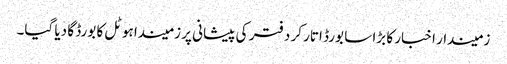
زمیندار اخبار کا بڑا سا بورڈ اتار کر دفتر کی پیشانی پر زمیندا ہوٹل کا بورڈ گا دیا گیا۔